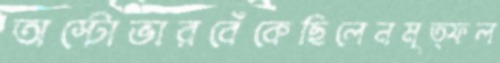
অস্টোভারবেঁকেছিলেনমৃত্ফল